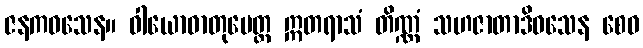
ဇနကဝသေန။ ဝါယောဓာတုပေတ္ထ ဣတရာသံ တိဏ္ဏံ သဟဇာတာဒိဝသေန စေဝ